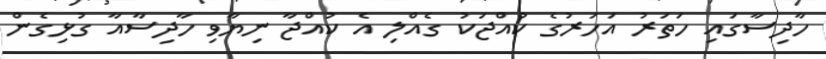
ހާދިސާގައި ހަތަރު އަހަރުގެ ކުއްޖަކު ގެއްލި އެ ކުއްޖާ ނިޔާވި ހާދިސާއާ ގުޅިގެން